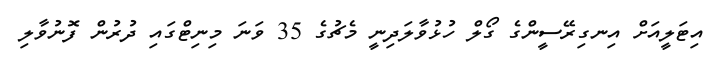
އިޓަލީއަށް އިނގިރޭސީންގެ ގޯލް ހުޅުވާލަދިނީ މެޗުގެ 35 ވަނަ މިނިޓްގައި ދުރުން ފޮނުވާލި